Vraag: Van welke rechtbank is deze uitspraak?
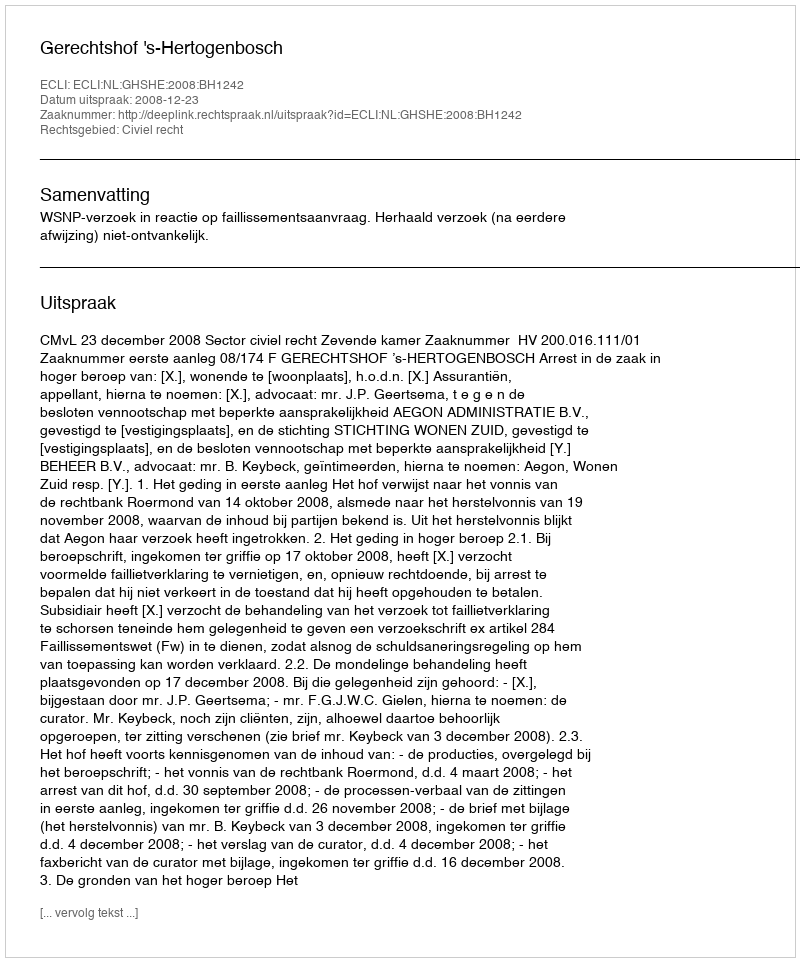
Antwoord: Gerechtshof 's-Hertogenbosch